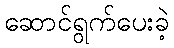
ဆောင်ရွက်ပေးခဲ့